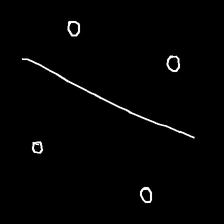
Glyph: cool